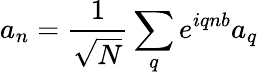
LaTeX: a_{n}=\frac{1}{\sqrt{N}}\sum_{q}e^{iqnb}a_{q}